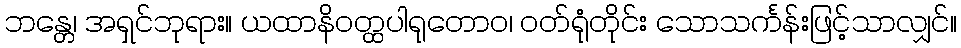
ဘန္တေ၊ အရှင်ဘုရား။ ယထာနိဝတ္ထပါရုတောဝ၊ ဝတ်ရုံတိုင်း သောသင်္ကန်းဖြင့်သာလျှင်။